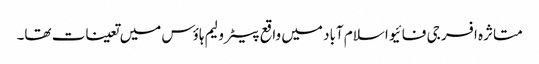
متاثرہ افسر جی فائیو اسلام آباد میں واقع پیٹرولیم ہاؤس میں تعینات تھا۔